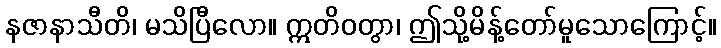
နဇာနာသီတိ၊ မသိပြီလော။ ဣတိဝတွာ၊ ဤသို့မိန့်တော်မူသောကြောင့်။